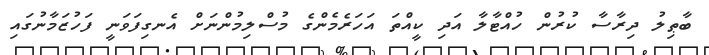
ބާޠިލު ދިރާސާ ކުރުން ހުއްޓާލާ އަދި ކީއްތަ އަހަރެމެންގެ މުސްލިމުންނަށް އެނގިފަވަނީ ފަހުޒަމާނުގައި